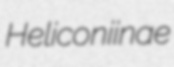
Heliconiinae